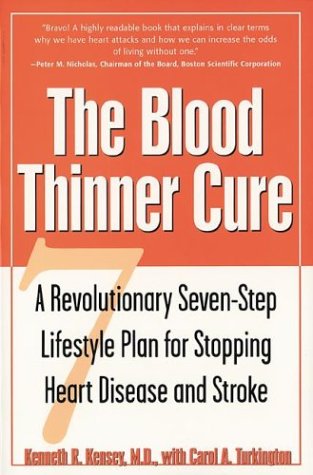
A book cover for The Blood Thinner Cure : A Revolutionary Seven-Step Lifestyle Plan for Stopping Heart Disease and Stroke; Kenneth R. Kensey M.D.; Health, Fitness & Dieting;